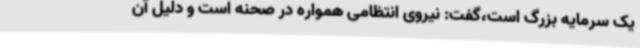
یک سرمایه بزرگ است،گفت: نیروی انتظامی همواره در صحنه است و دلیل آن